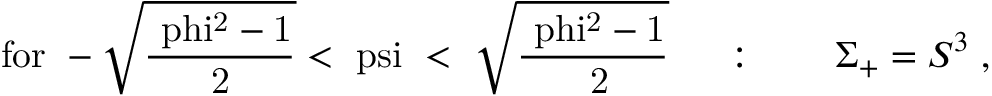
\mathrm { f o r ~ - \sqrt { \frac { \ p h i ^ { 2 } - 1 } { 2 } } < \ p s i ~ < ~ \sqrt { \frac { \ p h i ^ { 2 } - 1 } { ~ 2 } } ~ } \quad : \qquad \Sigma _ { + } = S ^ { 3 } \; ,